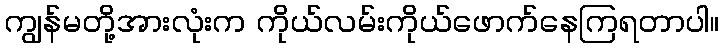
ကျွန်မတို့အားလုံးက ကိုယ်လမ်းကိုယ်ဖောက်နေကြရတာပါ။